Civil Veterinary Department Bihar & Orissa reports 1911-21 - 1911-1921
Year: 1911
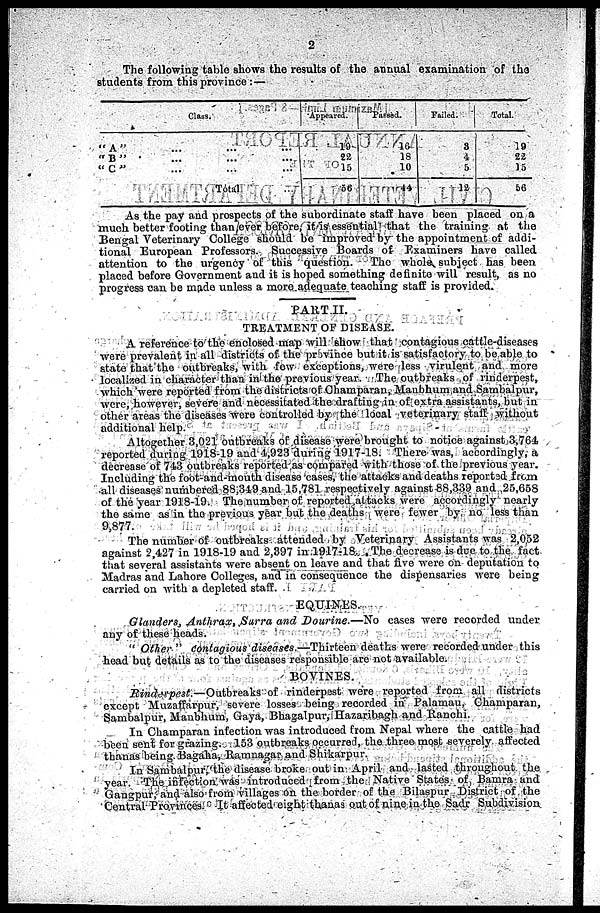
2
The following table shows the results of the annual examination of the
students from this province : —
Class .
"A
"...
...
...
"B"
...
...
...
" C ''...
...
...
Total ...
Appeared.
19
22
15
56
Passed .
16
18
10
44
Failed.
3
4
5
12
Total.
19
22
15
56
As the pay and prospects of the subordinate staff have been placed on a
much better footing than ever before, it is essential that the training at the
Bengal Veterinary College should be improved by the appointment of addi-
tional European Professors. Successive Boards of Examiners have called
attention to the urgency of this question.
The whole subject has been
placed before Government and it is hoped something definite will result, as no
progress can be made unless a more adequate teaching staff is provided.
PART II.
TREATMENT OF DISEASE.
A reference to the enclosed map will show that contagious cattle-diseases
were prevalent in all districts of the province but it is satisfactory to be able to
state that the outbreaks, with fow exceptions, were less virulent and more
localized in character than in the previous year. The outbreaks of rinderpest,
which were reported from the districts of Champaran, Manbhum and Sambalpur,
were, however, severe and necessitated the drafting in of extra assistants, but in
other areas the diseases were controlled by the local veterinary staff without
additional help.
Altogether 3,021 outbreaks of disease were brought to notice against 3,764
reported during 1918-19 and 1,923 during 1917-18. There was, accordingly, a
decrease of 743 outbreaks reported as compared with those of the previous year.
Including the foot-and-mouth disease cases, the attacks and deaths reported from
all diseases numbered 88,319 and 15,781 respectively against 88,339 and 25,658
of the year 1918-19. The number of reported attacks were accordingly nearly
the same as in the previous year but the deaths were fewer by no less than
9,877.
The number of outbreaks attended by Veterinary Assistants was 2,052
against 2,427 in 1918-19 and 2,397 in 1017-18. The decrease is due to the fact
that several assistants were absent on leave and that live wore on deputation to
Madras and Lahore Colleges, and in consequence the dispensaries were being
carried on with a depicted staff.
EQUINES.
Glanders, Anthrax, Surra and Dourine.—No
cases were recorded under
any of these heads.
" Other " Contagious diseases.—Thirteen
deaths were recorded under this
head but details as to the diseases responsible are not available.
BOVINES.
Rinderpest—Outbreaks of rinderpest were reported from all districts
except Muzaffarpur, severe losses being recorded in Palamau, Champaran,
Sambalpur, Manbhum, Gaya, Bhagalpur, Hazaribagh and Ranchi.
In Champaran infection was introduced from Nepal where the cattle had
been sent for grazing. 153 outbreaks occurred, the three most severely affected
thanas being. Bagaha, Ramnagar and Shikarpur.
In Sambalpur, the disease broke out in April and lasted throughout the
year. The infection was introduced from the Native States of Bamra and
Gangpur, and also from villages on the border of the Bilaspur District of the
Central Provinces. It affected eight thanas out of nine in the Sadr Subdivision